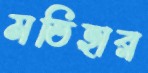
মতিহার